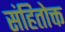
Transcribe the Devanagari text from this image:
संहितोक्त